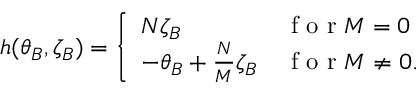
h ( \theta _ { B } , \zeta _ { B } ) = \left\{ \begin{array} { l l } { N \zeta _ { B } } & { \mathrm { ~ f ~ o ~ r ~ } M = 0 } \\ { - \theta _ { B } + \frac { N } { M } \zeta _ { B } } & { \mathrm { ~ f ~ o ~ r ~ } M \ne 0 . } \end{array} \right.